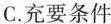
C.充要条件